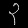
Digit: ၃